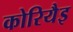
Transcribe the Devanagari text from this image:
कोरियैइ